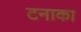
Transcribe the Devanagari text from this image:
टनाका